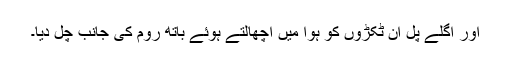
اور اگلے پل ان ٹکڑوں کو ہوا میں اچھالتے ہوئے باتھ روم کی جانب چل دیا۔